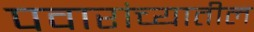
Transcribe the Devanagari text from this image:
पवारांच्यातील